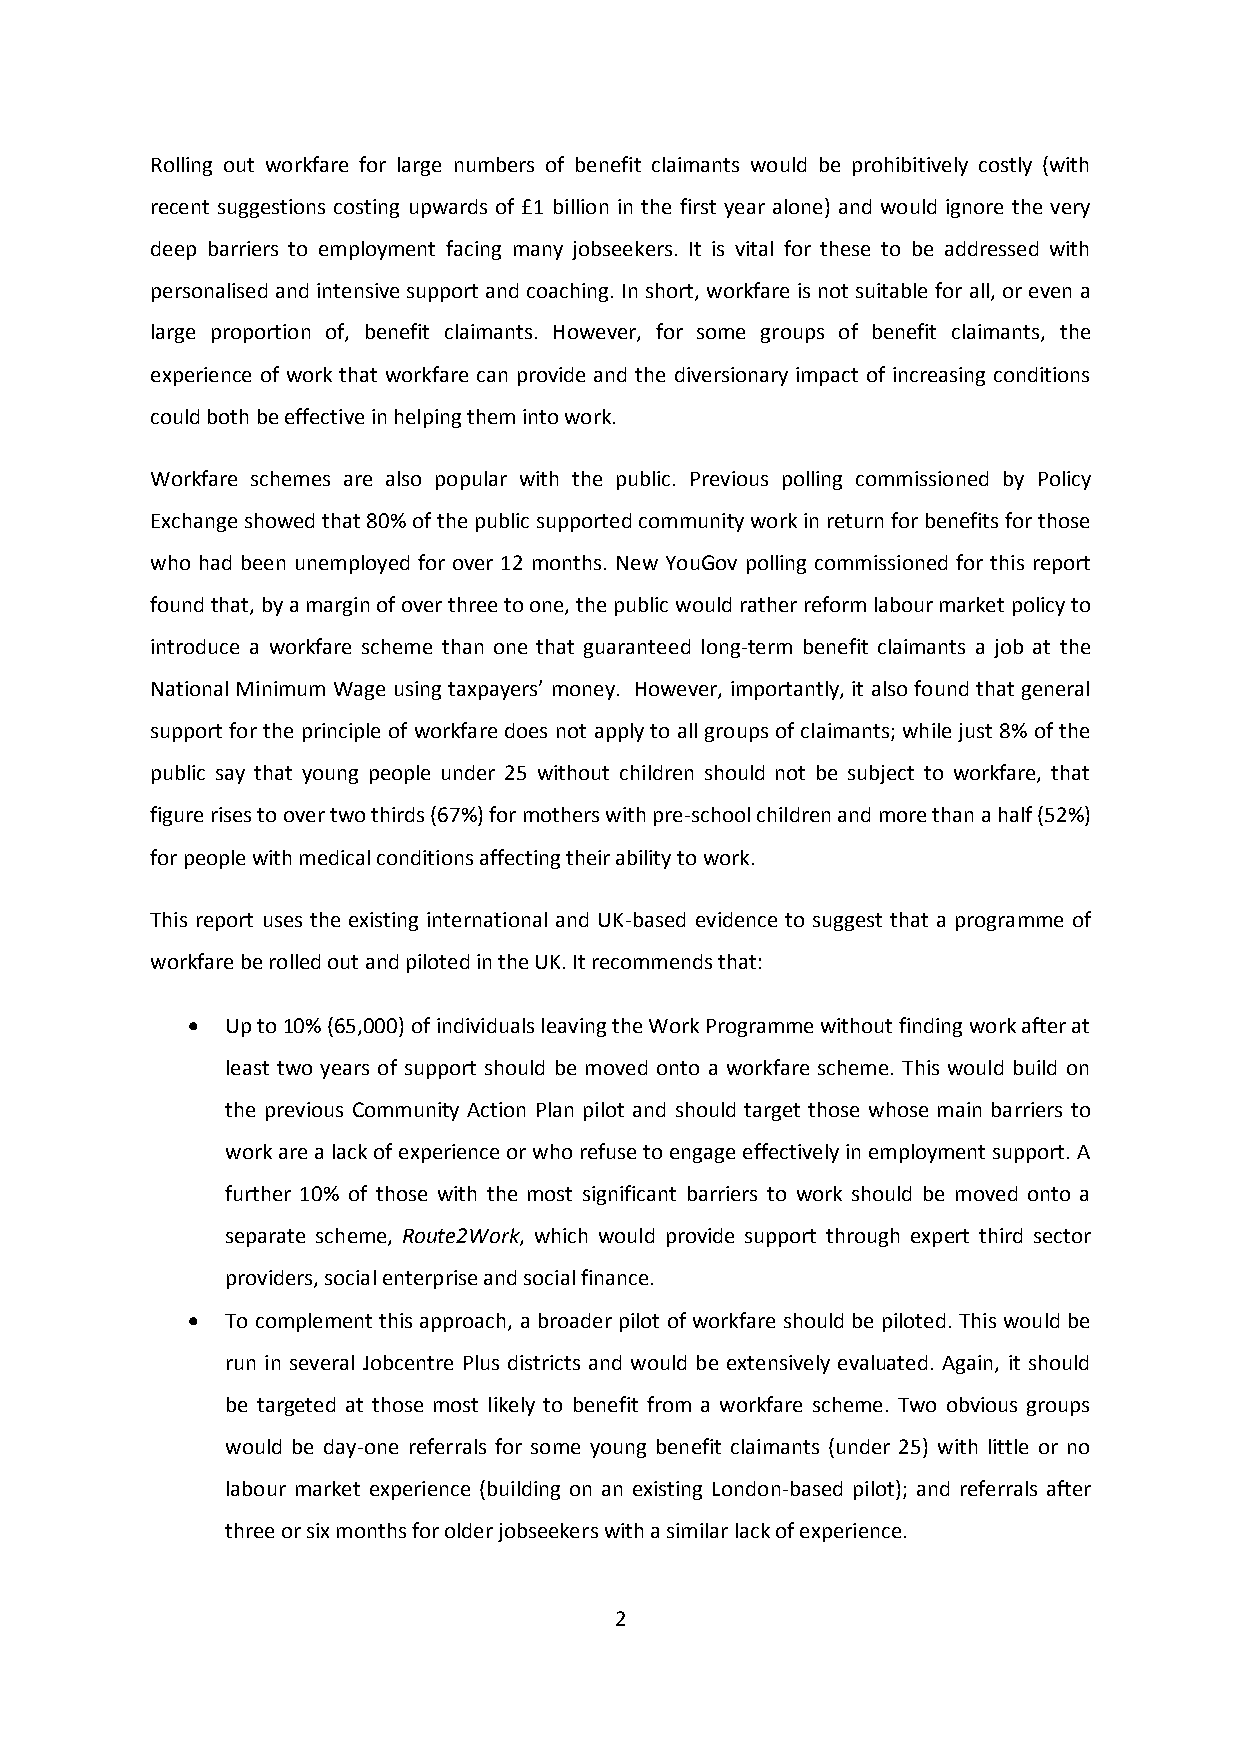
Rolling out workfare for large numbers of benefit claimants would be prohibitively costly (with
 recent suggestions costing upwards of £1 billion in the first year alone) and would ignore the very
 deep barriers to employment facing many jobseekers. It is vital for these to be addressed with
 personalised and intensive support and coaching. In short, workfare is not suitable for all, or even a
 large proportion of, benefit claimants. However, for some groups of benefit claimants, the
 experience of work that workfare can provide and the diversionary impact of increasing conditions
 could both be effective in helping them into work.
 Workfare schemes are also popular with the public. Previous polling commissioned by Policy
 Exchange showed that 80% of the public supported community work in return for benefits for those
 who had been unemployed for over 12 months. New YouGov polling commissioned for this report
 found that, by a margin of over three to one, the public would rather reform labour market policy to
 introduce a workfare scheme than one that guaranteed long-term benefit claimants a job at the
 National Minimum Wage using taxpayers’ money. However, importantly, it also found that general
 support for the principle of workfare does not apply to all groups of claimants; while just 8% of the
 public say that young people under 25 without children should not be subject to workfare, that
 figure rises to over two thirds (67%) for mothers with pre-school children and more than a half (52%)
 for people with medical conditions affecting their ability to work.
 This report uses the existing international and UK-based evidence to suggest that a programme of
 workfare be rolled out and piloted in the UK. It recommends that:
   Up to 10% (65,000) of individuals leaving the Work Programme without finding work after at
 least two years of support should be moved onto a workfare scheme. This would build on
 the previous Community Action Plan pilot and should target those whose main barriers to
 work are a lack of experience or who refuse to engage effectively in employment support. A
 further 10% of those with the most significant barriers to work should be moved onto a
 separate scheme, Route2Work, which would provide support through expert third sector
 providers, social enterprise and social finance.
   To complement this approach, a broader pilot of workfare should be piloted. This would be
 run in several Jobcentre Plus districts and would be extensively evaluated. Again, it should
 be targeted at those most likely to benefit from a workfare scheme. Two obvious groups
 would be day-one referrals for some young benefit claimants (under 25) with little or no
 labour market experience (building on an existing London-based pilot); and referrals after
 three or six months for older jobseekers with a similar lack of experience.
 2